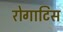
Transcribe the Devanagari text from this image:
रोगाटिस